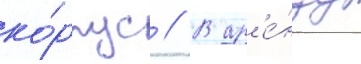
ко́рпус // В ар'е́нду